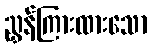
ညွှန်ကြားထားသော